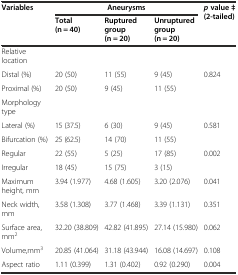
<table><thead><tr><td rowspan="2"><b>Variables</b></td><td colspan="3"><b>Aneurysms</b></td><td rowspan="2"><b><i>p</i>value ‡ (2-tailed)</b></td></tr><tr><td><b>Total (n = 40)</b></td><td><b>Ruptured group (n = 20)</b></td><td><b>Unruptured group (n = 20)</b></td></tr></thead><tbody><tr><td>Relative location</td><td></td><td></td><td></td><td></td></tr><tr><td>Distal (%)</td><td>20 (50)</td><td>11 (55)</td><td>9 (45)</td><td>0.824</td></tr><tr><td>Proximal (%)</td><td>20 (50)</td><td>9 (45)</td><td>11 (55)</td><td></td></tr><tr><td>Morphology type</td><td></td><td></td><td></td><td></td></tr><tr><td>Lateral (%)</td><td>15 (37.5)</td><td>6 (30)</td><td>9 (45)</td><td>0.581</td></tr><tr><td>Bifurcation (%)</td><td>25 (62.5)</td><td>14 (70)</td><td>11 (55)</td><td></td></tr><tr><td>Regular</td><td>22 (55)</td><td>5 (25)</td><td>17 (85)</td><td>0.002</td></tr><tr><td>Irregular</td><td>18 (45)</td><td>15 (75)</td><td>3 (15)</td><td></td></tr><tr><td>Maximum height, mm</td><td>3.94 (1.977)</td><td>4.68 (1.605)</td><td>3.20 (2.076)</td><td>0.041</td></tr><tr><td>Neck width, mm</td><td>3.58 (1.308)</td><td>3.77 (1.468)</td><td>3.39 (1.131)</td><td>0.351</td></tr><tr><td>Surface area, mm<sup>2</sup></td><td>32.20 (38.809)</td><td>42.82 (41.895)</td><td>27.14 (15.980)</td><td>0.062</td></tr><tr><td>Volume,mm<sup>3</sup></td><td>20.85 (41.064)</td><td>31.18 (43.944)</td><td>16.08 (14.697)</td><td>0.108</td></tr><tr><td>Aspect ratio</td><td>1.11 (0.399)</td><td>1.31 (0.402)</td><td>0.92 (0.290)</td><td>0.004</td></tr></tbody></table>